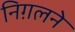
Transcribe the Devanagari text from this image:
निग़लने